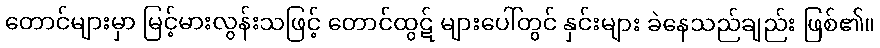
တောင်များမှာ မြင့်မားလွန်းသဖြင့် တောင်ထွဋ် များပေါ်တွင် နှင်းများ ခဲနေသည်ချည်း ဖြစ်၏။